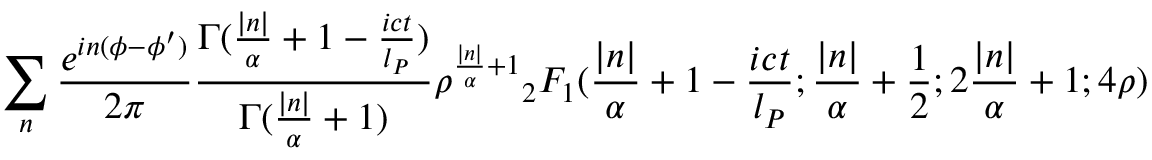
\sum _ { n } \frac { e ^ { i n ( \phi - \phi ^ { \prime } ) } } { 2 \pi } \frac { \Gamma ( \frac { | n | } { \alpha } + 1 - \frac { i c t } { l _ { P } } ) } { \Gamma ( \frac { | n | } { \alpha } + 1 ) } \rho ^ { \frac { | n | } { \alpha } + 1 } { _ 2 F _ { 1 } } ( \frac { | n | } { \alpha } + 1 - \frac { i c t } { l _ { P } } ; \frac { | n | } { \alpha } + \frac { 1 } { 2 } ; 2 \frac { | n | } { \alpha } + 1 ; 4 \rho )